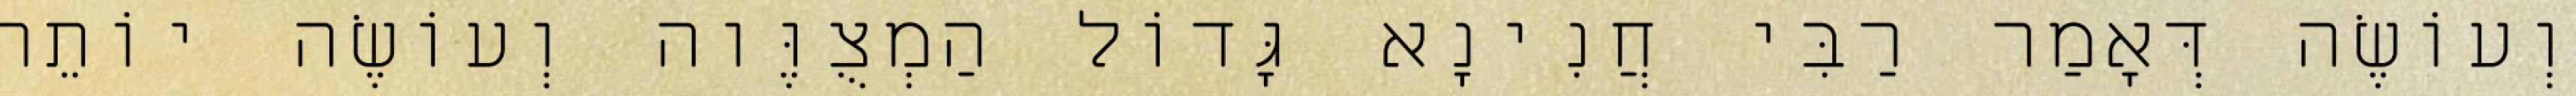
וְעוֹשֶׂה דְּאָמַר רַבִּי חֲנִינָא גָּדוֹל הַמְצֻוֶּוה וְעוֹשֶׂה יוֹתֵר